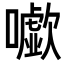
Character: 𡃧